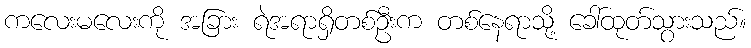
ကလေးမလေးကို အခြား ရဲအရာရှိတစ်ဦးက တစ်နေရာသို့ ခေါ်ထုတ်သွားသည်။